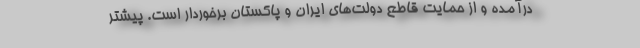
درآمده و از حمایت قاطع دولت‌های ایران و پاکستان برخوردار است. پیشتر